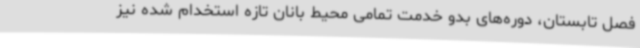
فصل تابستان، دوره‌های بدو خدمت تمامی محیط بانان تازه استخدام شده نیز